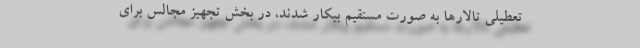
تعطیلی تالارها به صورت مستقیم بیکار شدند، در بخش تجهیز مجالس برای